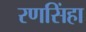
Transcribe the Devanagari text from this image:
रणसिंहा